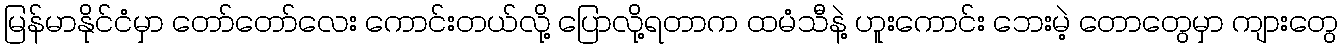
မြန်မာနိုင်ငံမှာ တော်တော်လေး ကောင်းတယ်လို့ ပြောလို့ရတာက ထမံသီနဲ့ ဟူးကောင်း ဘေးမဲ့ တောတွေမှာ ကျားတွေ